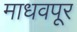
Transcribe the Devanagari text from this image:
माधवपूर